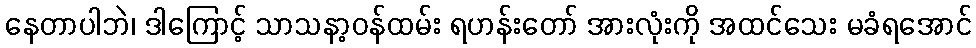
နေတာပါဘဲ၊ ဒါကြောင့် သာသနာ့ဝန်ထမ်း ရဟန်းတော် အားလုံးကို အထင်သေး မခံရအောင်